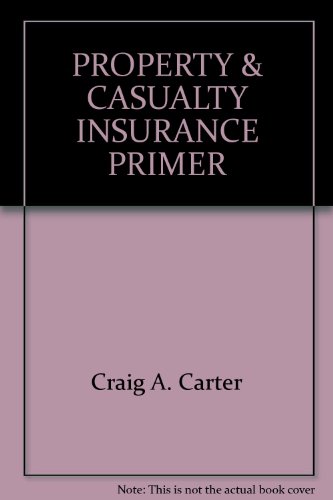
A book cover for PROPERTY & CASUALTY general INSURANCE PRIME; Craig A Carter; Business & Money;